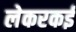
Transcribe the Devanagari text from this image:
लेकरकई